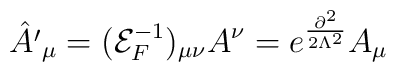
{\hat{A'}}_{\mu }=({\mathcal{E}}_{F}^{-1})_{\mu \nu }A^{\nu }=e^{\frac{\partial ^{2}}{2\Lambda ^{2}}}A_{\mu }